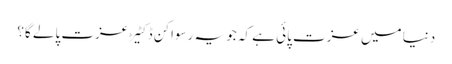
دنیا میں عزت پائی ہے کہ جو یہ رسواکن ڈکٹیڑ عزت پالے گا؟